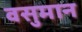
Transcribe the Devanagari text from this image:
वसुमान